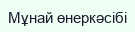
Мұнай өнеркәсібі